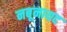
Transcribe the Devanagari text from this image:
नबूनायद